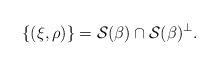
LaTeX: \begin{align*} \{(\xi,\rho)\}=\mathcal{S}(\beta)\cap\mathcal{S}(\beta)^\perp. \end{align*}